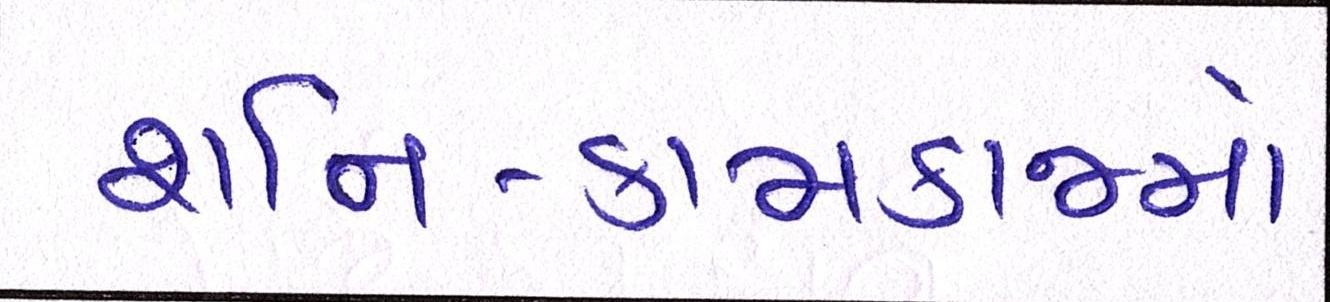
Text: શનિ-કામકાજમાં